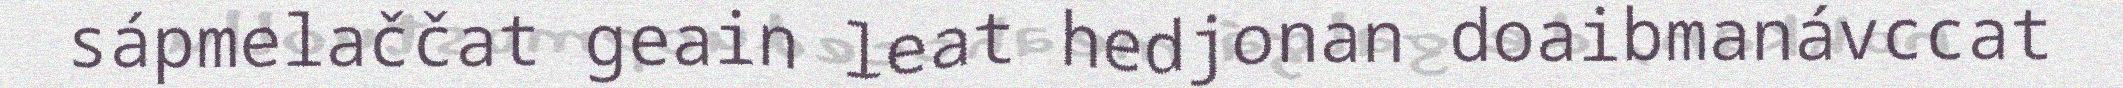
sápmelaččat geain leat hedjonan doaibmanávccat